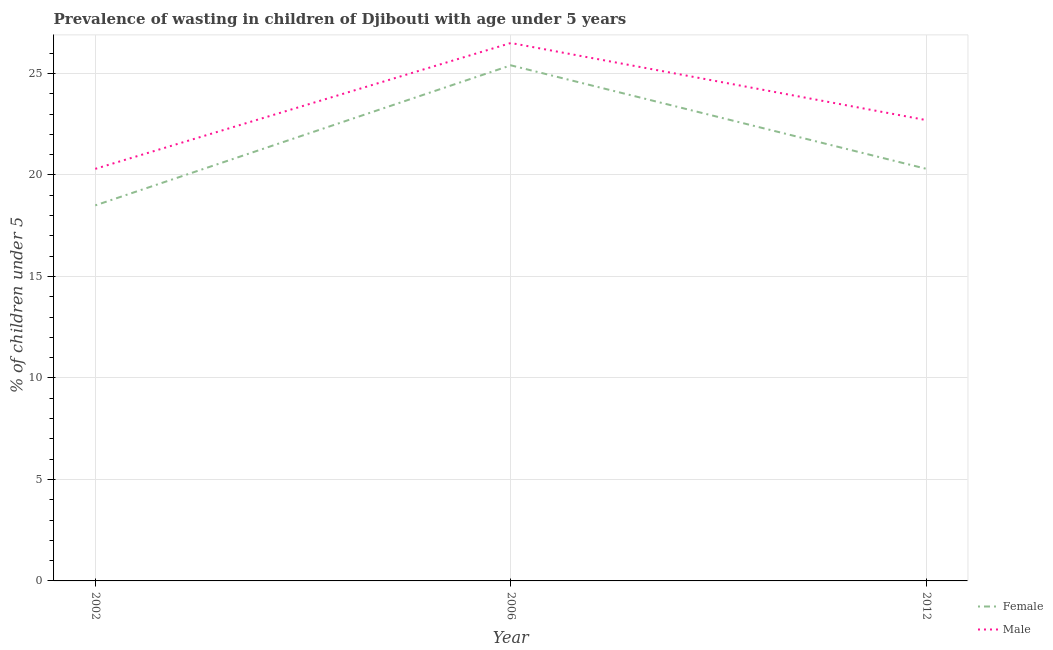
| Year | Female | Male |
 | --- | --- | --- |
 | 2002 | 18.5 | 20.3 |
 | 2006 | 25.4 | 26.5 |
 | 2012 | 20.3 | 22.7 |